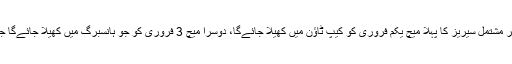
اسکے بعد دونوں ٹیموں کے درمیان تین ٹی ٹونٹی انٹرنیشنل میچوں پر مشتمل سیریز کا پہلا میچ یکم فروری کو کیپ ٹاﺅن میں کھیلا جائےگا، دوسرا میچ 3 فروری کو جو ہانسبرگ میں کھیلا جائےگا جبکہ تیسرا اور آخری میچ 6 فروری کو سنچورین میں کھیلا جائےگا۔